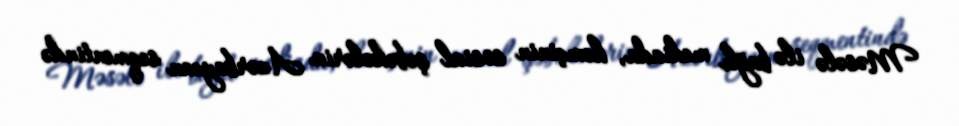
Məsələ ilə bağlı mediada, həmçinin sosial şəbəkələrin Azərbaycan seqmentində